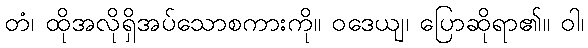
တံ၊ ထိုအလိုရှိအပ်သောစကားကို။ ဝဒေယျ၊ ပြောဆိုရာ၏။ ဝါ၊